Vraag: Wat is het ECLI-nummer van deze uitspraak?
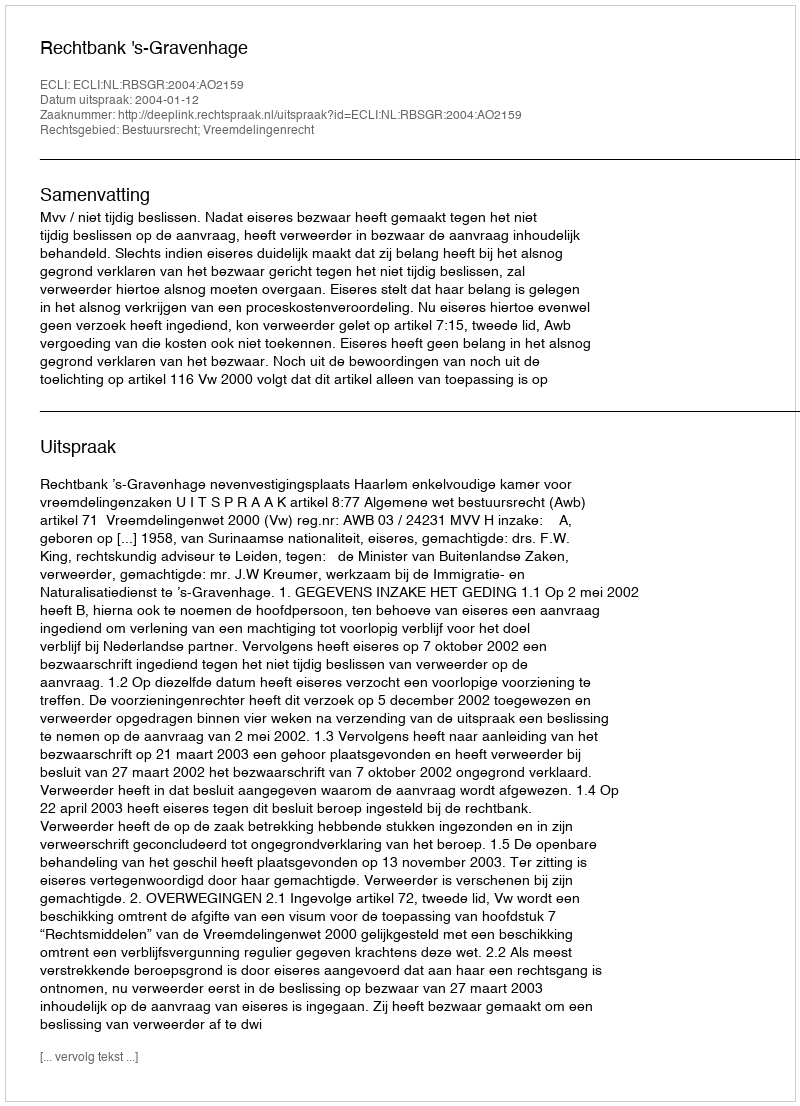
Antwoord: ECLI:NL:RBSGR:2004:AO2159